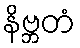
နိဗ္ဘတံ